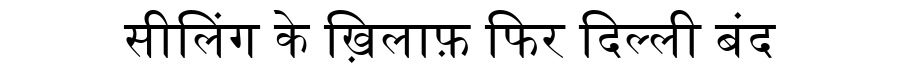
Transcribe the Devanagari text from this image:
सीलिंग के ख़िलाफ़ फिर दिल्ली बंद